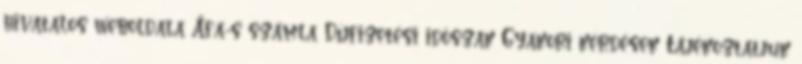
hivatalos weboldala Áfa-s számla Díjfizetési időszak Gyakori kérdések Tájékoztatjuk